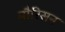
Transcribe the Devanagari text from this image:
मौरिसन